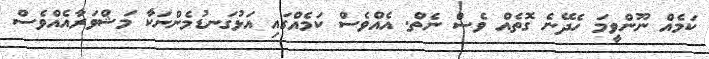
ކަމެއް ނޫންވީމަ ހެދޭނެ ގޮތެއް ވެސް ނެތް. އެއްވެސް ކަމެއްގައި އަޅުގަނޑުމެންނަކާ މަޝްވަރާއެއްވެސް